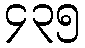
၄၃၅